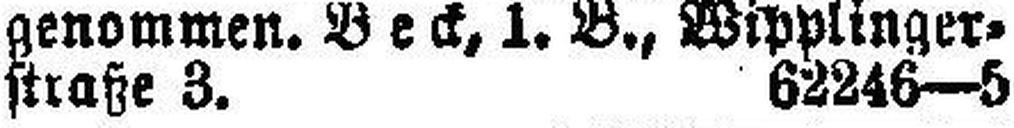
straße 3. 62246—5